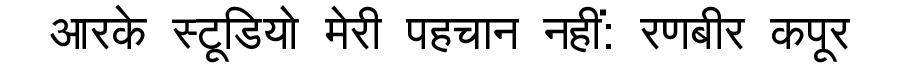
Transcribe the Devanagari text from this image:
आरके स्टूडियो मेरी पहचान नहीं: रणबीर कपूर